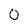
Character: 0